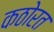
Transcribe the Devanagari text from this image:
कठोरत